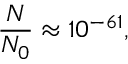
\frac { N } { N _ { 0 } } \approx 1 0 ^ { - 6 1 } ,